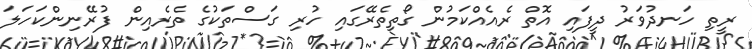
ރީތި ހަނދުވަރު ދީފައި އޮތް ރެއެއްކަމުން ގޯތިތެރޭގައި ހުރި ގަސްތަކުގެ ތެރެއިން ފުރޭނިންކަހަލަ